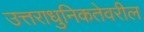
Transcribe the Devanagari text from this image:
उत्तराधुनिकतेवरील